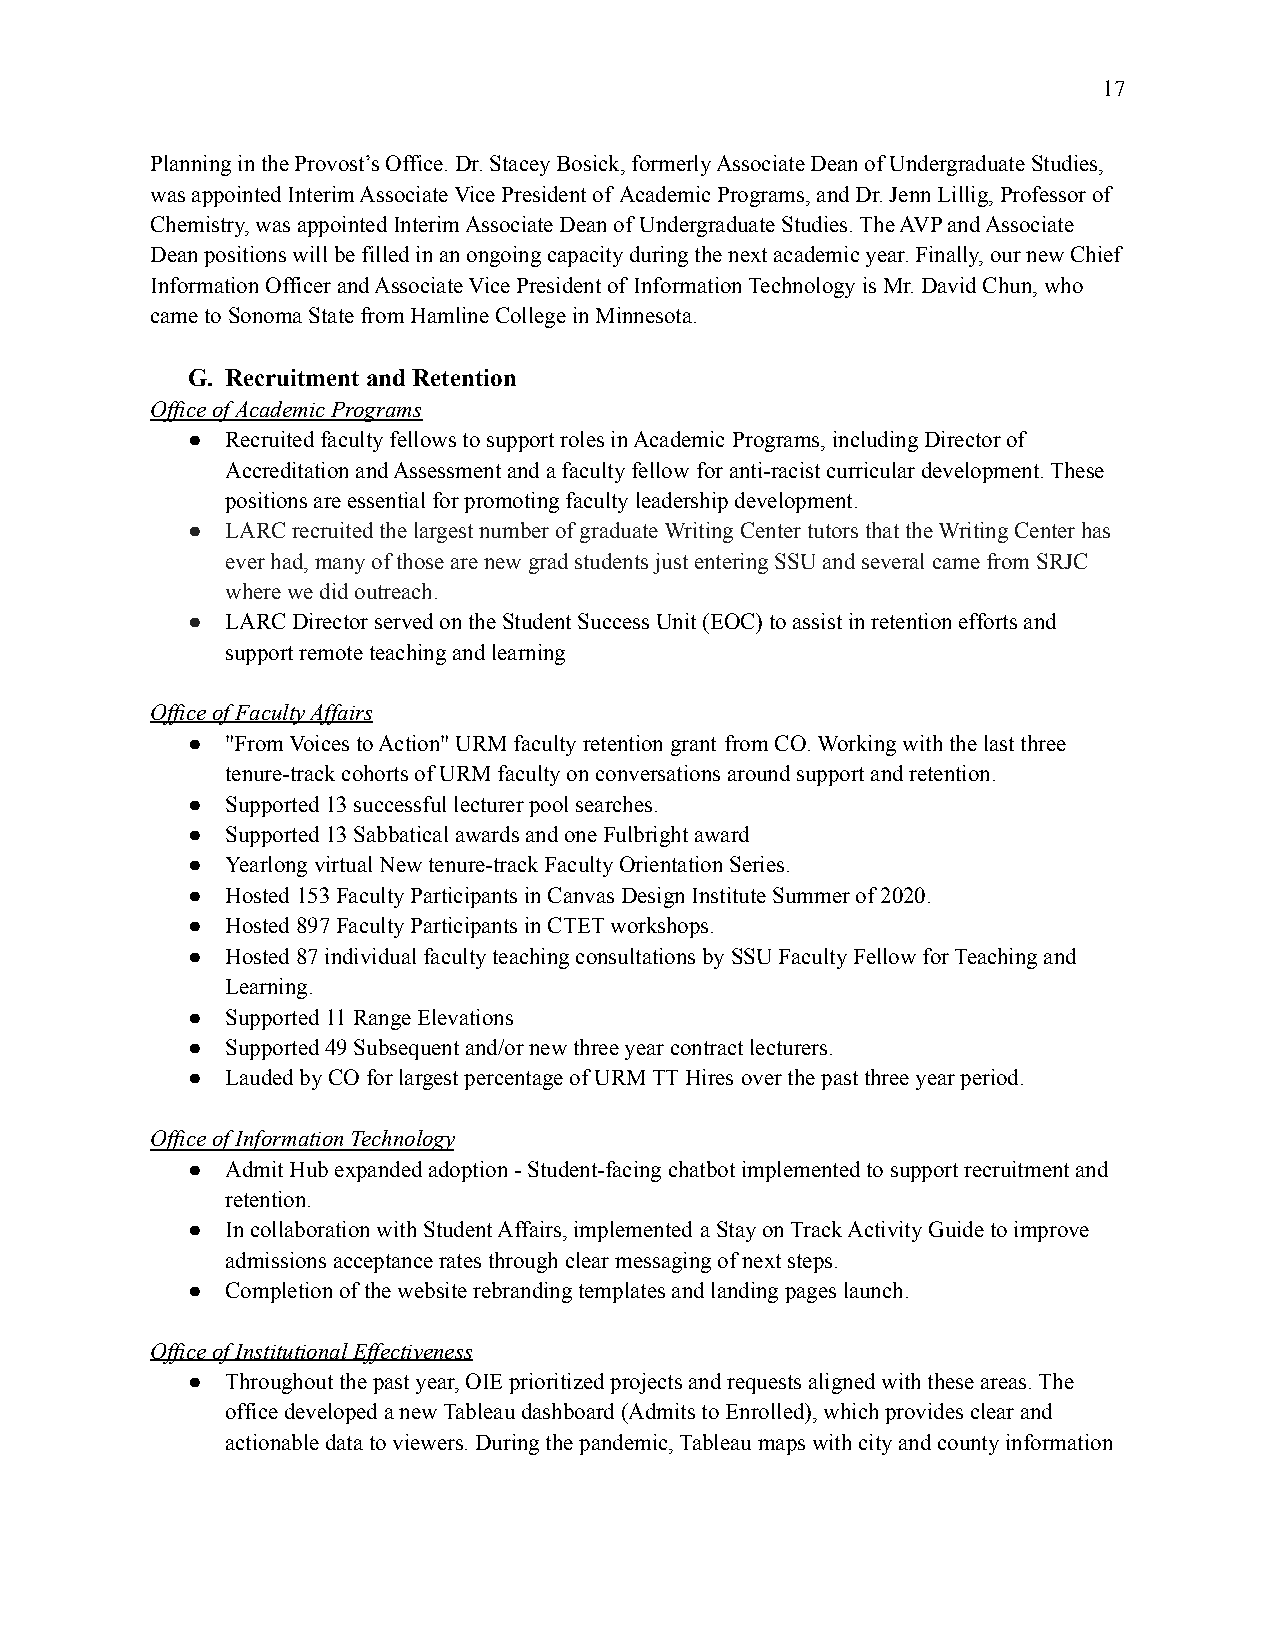
17
 Planning in the Provost’s Office. Dr. Stacey Bosick, formerly Associate Dean of Undergraduate Studies,
 was appointed Interim Associate Vice President of Academic Programs, and Dr. Jenn Lillig, Professorof
 Chemistry, was appointed Interim Associate Dean of Undergraduate Studies. The AVP and Associate
 Dean positions will be filled in an ongoing capacityduring the next academic year. Finally, our new Chief
 Information Officer and Associate Vice President of Information Technology is Mr. David Chun, who
 came to Sonoma State from Hamline College in Minnesota.
 G. Recruitment and Retention
 Office of Academic Programs
 ●  Recruited faculty fellows to support roles in Academic Programs, including Director of
 Accreditation and Assessment and a faculty fellow for anti-racist curricular development. These
 positions are essential for promoting faculty leadershipdevelopment.
 ●  LARC recruited the largest number of graduate WritingCenter tutors that the Writing Center has
 ever had, many of those are new grad students justentering SSU and several came from SRJC
 where we did outreach.
 ●  LARC Director served on the Student Success Unit (EOC)to assist in retention efforts and
 support remote teaching and learning
 Office of Faculty Affairs
 ●  "From Voices to Action" URM faculty retention grant from CO. Working with the last three
 tenure-track cohorts of URM faculty on conversationsaround support and retention.
 ●  Supported 13 successful lecturer pool searches.
 ●  Supported 13 Sabbatical awards and one Fulbright award
 ●  Yearlong virtual New tenure-track Faculty OrientationSeries.
 ●  Hosted 153 Faculty Participants in Canvas Design InstituteSummer of 2020.
 ●  Hosted 897 Faculty Participants in CTET workshops.
 ●  Hosted 87 individual faculty teaching consultationsby SSU Faculty Fellow for Teaching and
 Learning.
 ●  Supported 11 Range Elevations
 ●  Supported 49 Subsequent and/or new three year contractlecturers.
 ●  Lauded by CO for largest percentage of URM TT Hires over the past three year period.
 Office of Information Technology
 ●  Admit Hub expanded adoption - Student-facing chatbotimplemented to support recruitment and
 retention.
 ●  In collaboration with Student Affairs, implemented a Stay on Track Activity Guide to improve
 admissions acceptance rates through clear messagingof next steps.
 ●  Completion of the website rebranding templates andlanding pages launch.
 Office of Institutional Effectiveness
 ●  Throughout the past year, OIE prioritized projectsand requests aligned with these areas. The
 office developed a new Tableau dashboard (Admits toEnrolled), which provides clear and
 actionable data to viewers. During the pandemic, Tableaumaps with city and county information